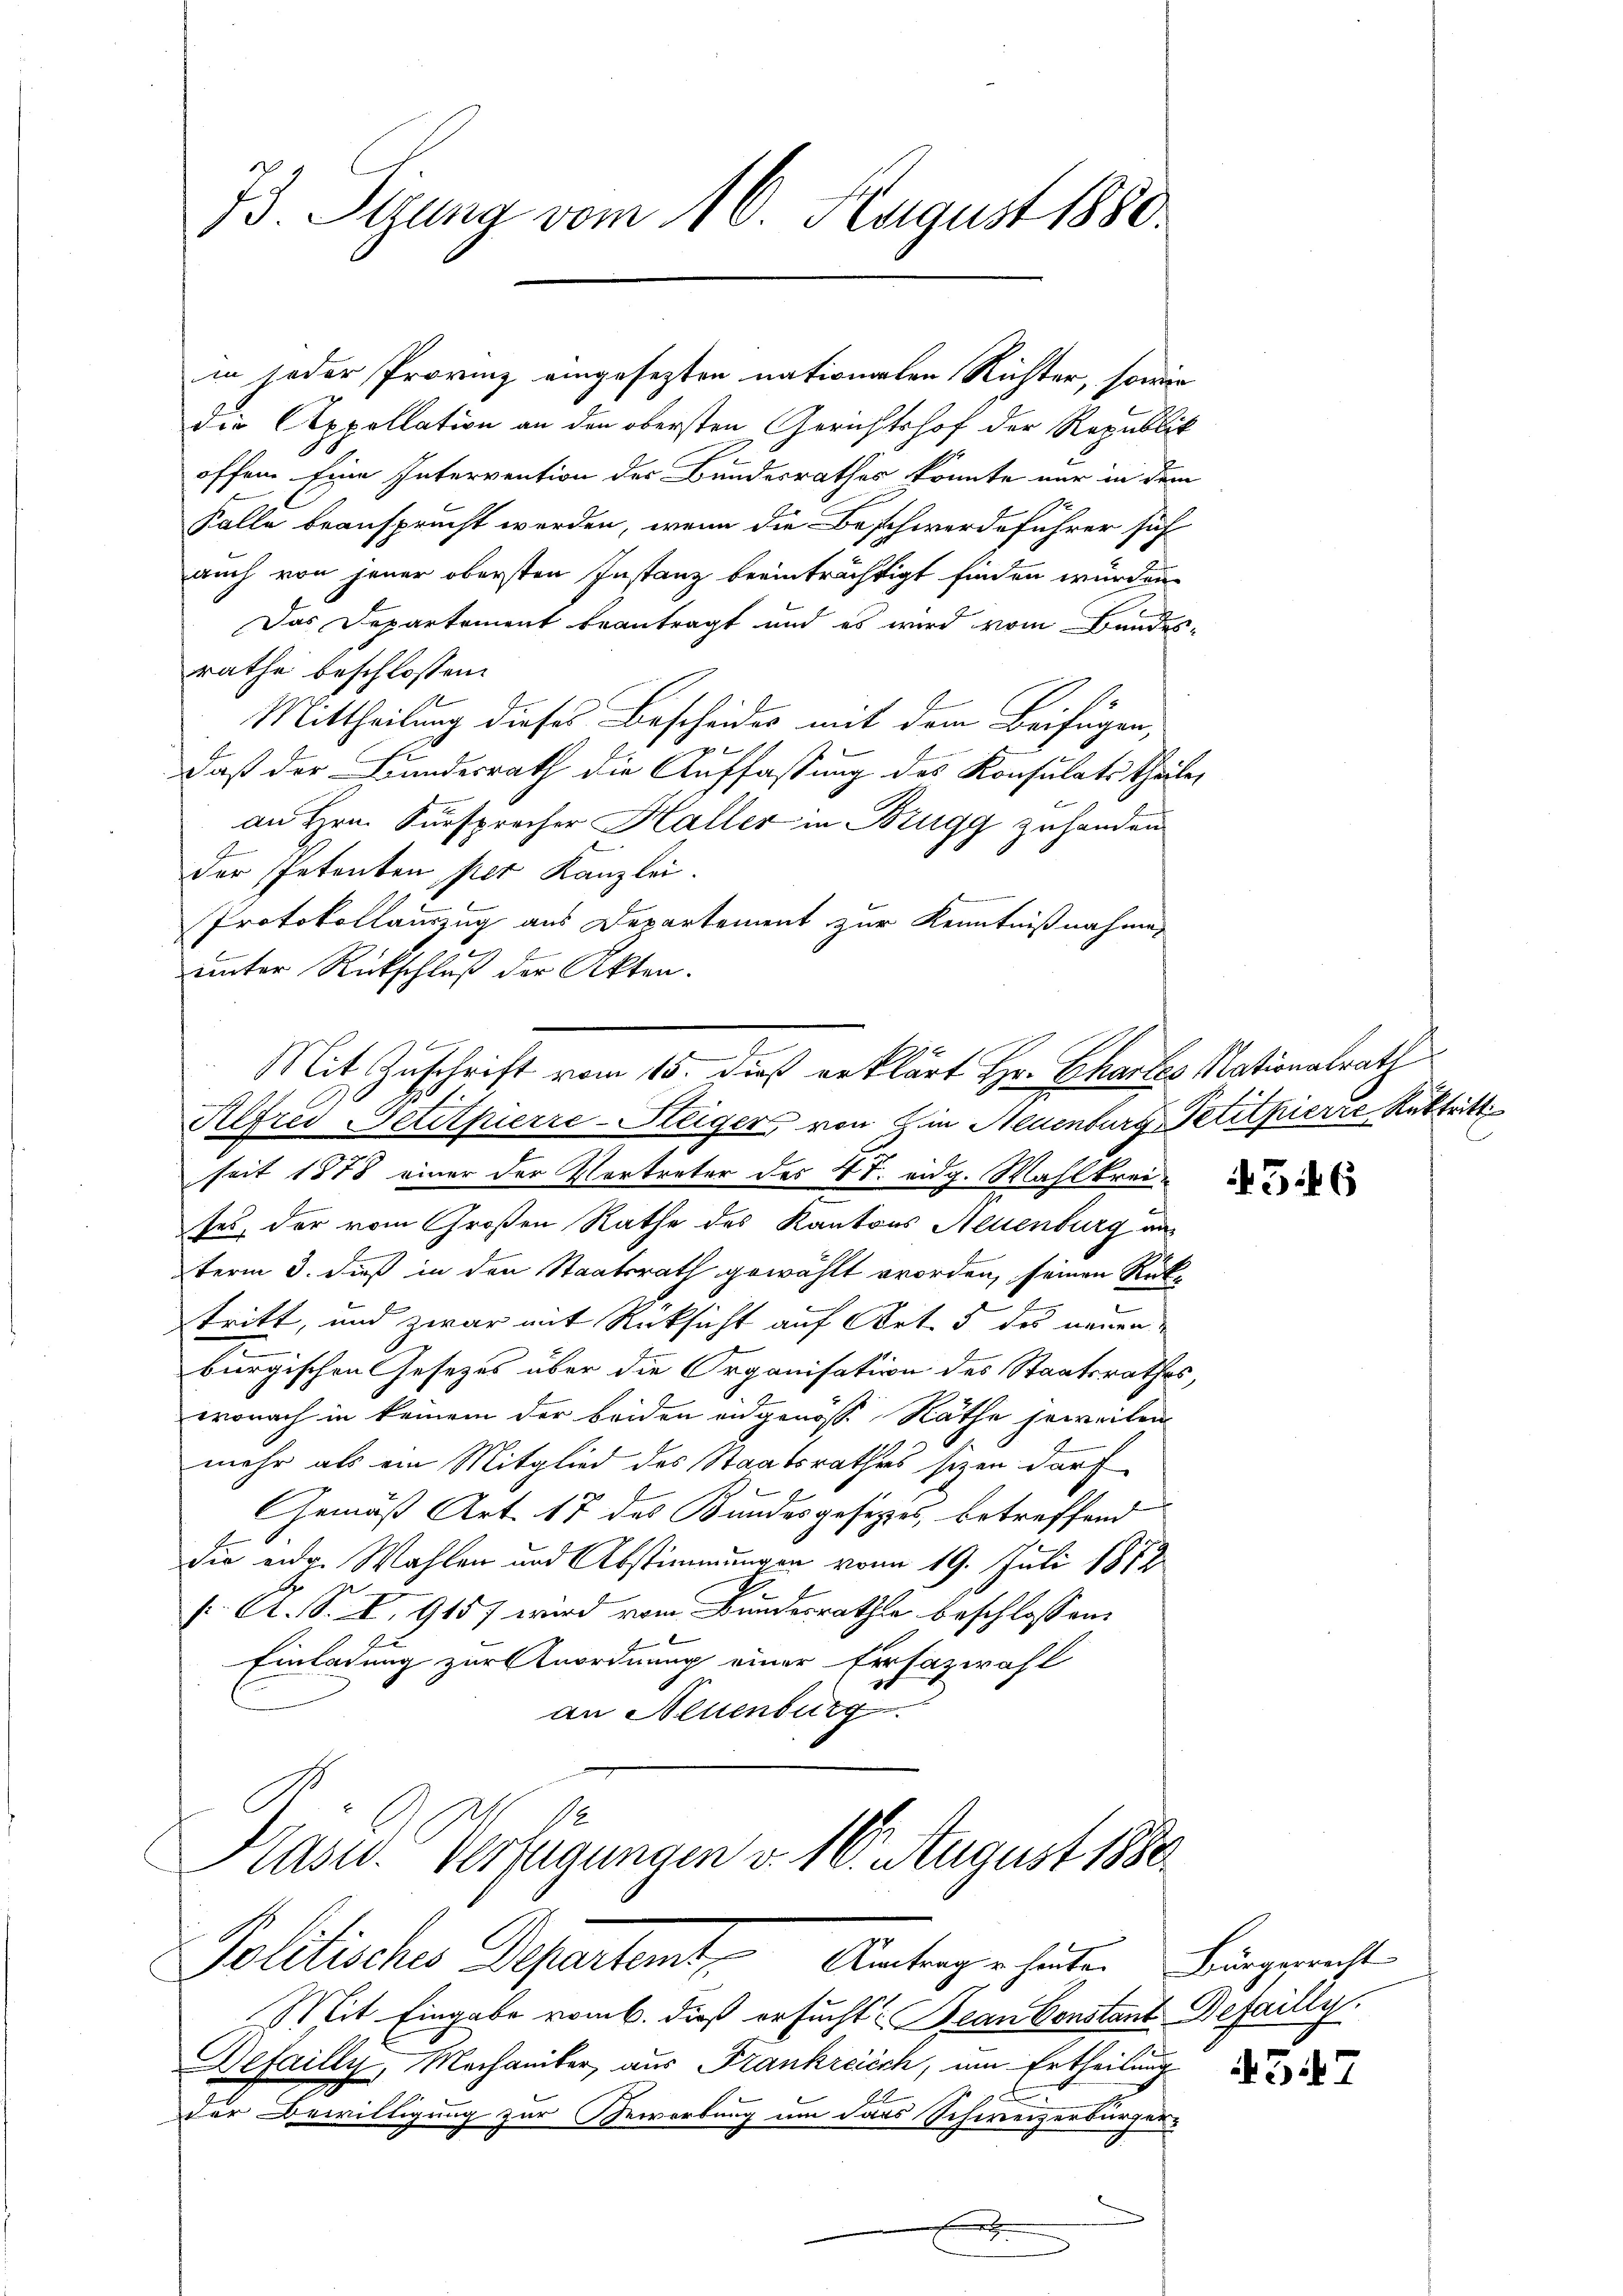
73. Sizung vom 10. August 1880.

die Appellation an den obersten Gerichtshof der Republik
offen Eine Intervention des Bundesrathes könnte nur in dem
Falle beansprucht werden, wenn die Beschwerdeführer sich
auch von jener obersten Instanz beeinträchtigt finden wurden,
Das Departement beantragt und es wird vom Bandesrathe beschlossen:
Mittheilung dieses Bescheides mit dem Beifügen,
Daß der Bundesrath die Auffassung des Konsulats Theile,
an Hrn. Fürsprecher Haller in Brugg zuhanden
der Petenten per Kanzlei.
Protokollauszug aus Departement zur Kenntnißnahme,
unter Rückschluß der Akten.

in jeder Provinz eingesezten nationalen Richter, sowie

seit 1878 einer der Vertreter des 4 t. eidg. Wahlkreises, der vom Großen Rathe des Kantons Neuenburg un
b
term 3. dieß in den Staatsrath gewählt worden, seinen Rüktritt, und zwar mit Rücksicht auf Art. 5 des neuen
burgischen Gesezes über die Organisation des Staatsrathes,
wonach in keinem der beiden angenösse Räthe jeweilen
mehr als ein Mitglied des Staatsrathes sizen darf
Gemäß Art. 17 des Bundesgesetzes, betreffend
die eidg. Wahlen und Abstimmungen vom 19. Juli 1879
f. A. S. X. 9157 wird vom Bundesrathe beschlossen:
Einladung zur Anordnung einer Ersazwahl
an Neuenburg
Kasw. Verfügungen v. 16. August 1880
Politisches Departamt Antragerhuder Lungericht
Mit Eingabe vom 6. dieß ersucht Bean konstant Befailly
Defailly, Mechaniker, aus Frankreich, am Ertheilung
c
der Bewilligung zur Bewerbung um dass Schweizerbürger-
.

Mit Zuschrift vom 15. dieß erklärt Hr. Ghartes Nationalrath
Alfrei Petitpierre-Steigers von Zin Neuenburg, Petitpierre Rektritt

316

347